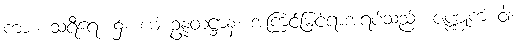
ကား။ သရီရေ၊ ၌။ ယံ ဥန္နတဋ္ဌာနံ၊ အကြင်မြင့်ရာအရပ်သည်။ ဇဏ္ဏုကံ ဝါ၊